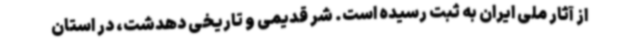
از آثار ملی ایران به ثبت رسیده‌ است. شر قدیمی و تاریخی دهدشت، در استان